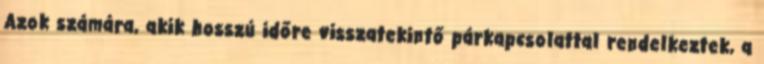
Azok számára, akik hosszú időre visszatekintő párkapcsolattal rendelkeztek, a